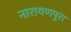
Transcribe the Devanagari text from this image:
नारायणपुरा